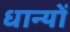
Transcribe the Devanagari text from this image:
धान्यों